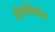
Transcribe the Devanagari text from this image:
दीपशिखेव